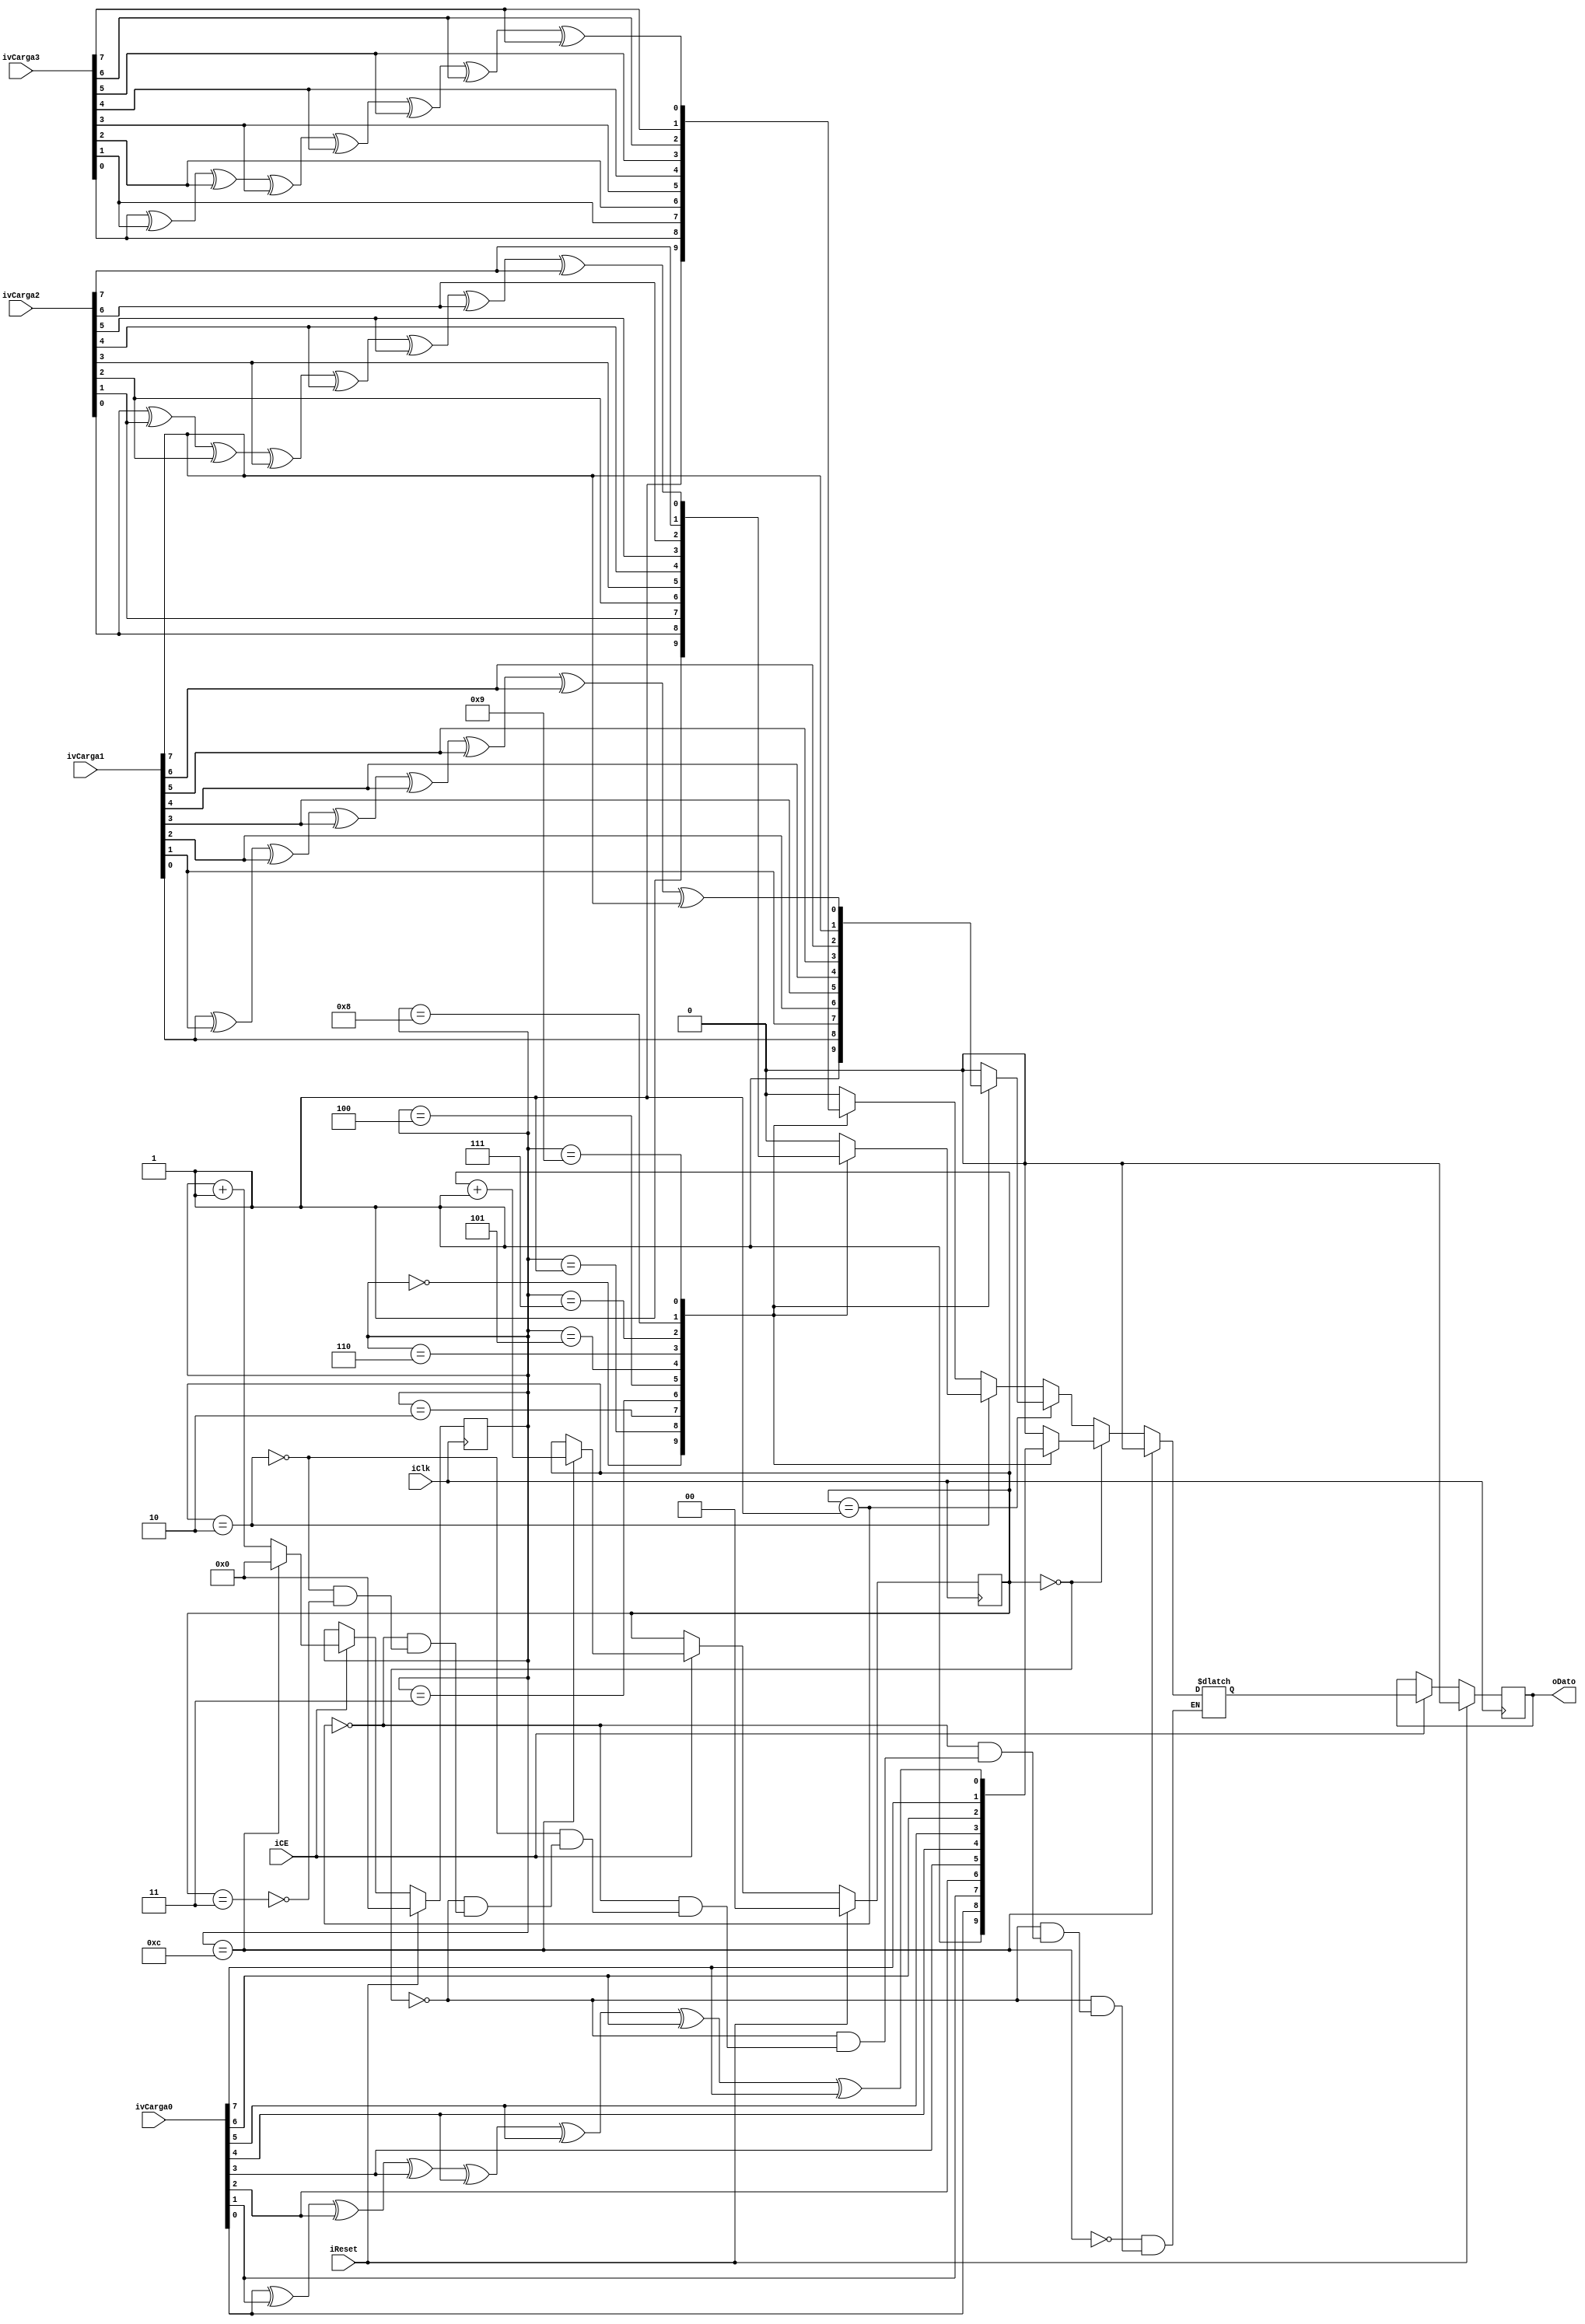
`timescale 1ns / 1ps
//////////////////////////////////////////////////////////////////////////////////
// Company: 
// Engineer: 
// 
// Design Name: 
// Module Name:    emisor 
// Project Name: 
// Target Devices: 
// Tool versions: 
// Description: 
//
// Dependencies: 
//
// Revision: 
// Revision 0.01 - File Created
// Additional Comments: 
//
//////////////////////////////////////////////////////////////////////////////////
module emisor(
input iClk,
input iCE,
input iReset,
input [7:0]ivCarga0,
input [7:0]ivCarga1,
input [7:0]ivCarga2,
input [7:0]ivCarga3,
output oDato
);

reg [3:0]rvCount_D=0;
reg [3:0]rvCount_Q=0;
reg rDato_D=0;
reg rDato_Q=0;
reg [1:0]rvIndex_Q=0;
reg [1:0]rvIndex_D=0;

assign oDato=rDato_Q;

always @(posedge iClk)
begin
	if(iReset)
	begin
		rvCount_Q<=0;
		rDato_Q<=0;
		rvIndex_Q<=0;
	end
	else
	begin
		if(iCE)
		begin
			rvCount_Q<=rvCount_D;
			rDato_Q<=rDato_D;
			rvIndex_Q<=rvIndex_D;
		end
		else
		begin
			rvCount_Q<=rvCount_Q;
			rDato_Q<=rDato_Q;
			rvIndex_Q<=rvIndex_Q;
		end
	end
end

always @*
begin
	rvIndex_D=rvIndex_Q;
	if(rvIndex_Q==2'd0)
	begin
		
		case (rvCount_Q)
			4'd0: rDato_D=1;
			4'd1: rDato_D=ivCarga0[0];
			4'd2: rDato_D=ivCarga0[1];
			4'd3: rDato_D=ivCarga0[2];
			4'd4: rDato_D=ivCarga0[3];
			4'd5: rDato_D=ivCarga0[4];
			4'd6: rDato_D=ivCarga0[5];
			4'd7: rDato_D=ivCarga0[6];
			4'd8: rDato_D=ivCarga0[7];
			4'd9: rDato_D=ivCarga0[0]^ivCarga0[1]^ivCarga0[2]^ivCarga0[3]^ivCarga0[4]^ivCarga0[5]^ivCarga0[6]^ivCarga0[7];
			4'd10:rDato_D=1'd0;
			4'd11:rDato_D=1'd0;
			default:rDato_D=0;
		endcase
	end
	else if(rvIndex_Q==2'd1)
	begin
		case (rvCount_Q)
			4'd0: rDato_D=1;
			4'd1: rDato_D=ivCarga1[0];
			4'd2: rDato_D=ivCarga1[1];
			4'd3: rDato_D=ivCarga1[2];
			4'd4: rDato_D=ivCarga1[3];
			4'd5: rDato_D=ivCarga1[4];
			4'd6: rDato_D=ivCarga1[5];
			4'd7: rDato_D=ivCarga1[6];
			4'd8: rDato_D=ivCarga1[7];
			4'd9: rDato_D=ivCarga1[0]^ivCarga1[1]^ivCarga1[2]^ivCarga1[3]^ivCarga1[4]^ivCarga1[5]^ivCarga1[6]^ivCarga1[7];
			4'd10:rDato_D=1'd0;
			4'd11:rDato_D=1'd0;
			default:rDato_D=0;
		endcase
	end
	else if(rvIndex_Q==2'd2)
	begin
		case (rvCount_Q)
			4'd0: rDato_D=1;
			4'd1: rDato_D=ivCarga2[0];
			4'd2: rDato_D=ivCarga2[1];
			4'd3: rDato_D=ivCarga2[2];
			4'd4: rDato_D=ivCarga2[3];
			4'd5: rDato_D=ivCarga2[4];
			4'd6: rDato_D=ivCarga2[5];
			4'd7: rDato_D=ivCarga2[6];
			4'd8: rDato_D=ivCarga2[7];
			4'd9: rDato_D=ivCarga2[0]^ivCarga2[1]^ivCarga2[2]^ivCarga2[3]^ivCarga2[4]^ivCarga2[5]^ivCarga2[6]^ivCarga2[7];
			4'd10:rDato_D=1'd0;
			4'd11:rDato_D=1'd0;
			default:rDato_D=0;
		endcase
	end
	else if(rvIndex_Q==2'd3)
	begin
		case (rvCount_Q)
			4'd0: rDato_D=1;
			4'd1: rDato_D=ivCarga3[0];
			4'd2: rDato_D=ivCarga3[1];
			4'd3: rDato_D=ivCarga3[2];
			4'd4: rDato_D=ivCarga3[3];
			4'd5: rDato_D=ivCarga3[4];
			4'd6: rDato_D=ivCarga3[5];
			4'd7: rDato_D=ivCarga3[6];
			4'd8: rDato_D=ivCarga3[7];
			4'd9: rDato_D=ivCarga3[0]^ivCarga3[1]^ivCarga3[2]^ivCarga3[3]^ivCarga3[4]^ivCarga3[5]^ivCarga3[6]^ivCarga3[7];
			4'd10:rDato_D=1'd0;
			4'd11:rDato_D=1'd0;
			default:rDato_D=0;
		endcase
	end
if(rvCount_Q==12)
begin
	rvCount_D=0;
	rDato_D=0;
	rvIndex_D=rvIndex_Q+2'd1;
end
else
begin
	rvCount_D=rvCount_Q+1'b1;
end

end


endmodule